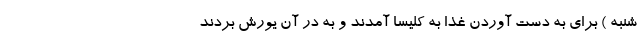
شنبه ) برای به دست آوردن غذا به کلیسا آمدند و به در آن یورش بردند